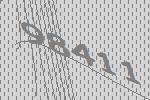
98411